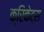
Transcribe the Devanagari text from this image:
क्रिकेट्स